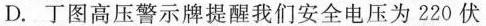
D.丁图高压警示牌提醒我们安全电压为220伏